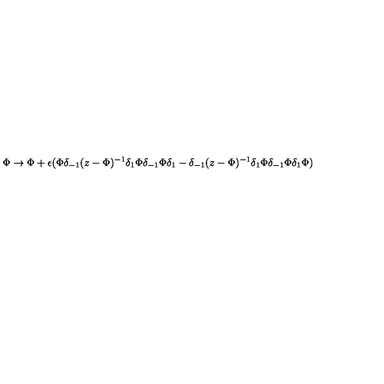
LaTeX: \Phi \rightarrow \Phi + \epsilon ( \Phi \delta _ { - 1 } ( z - \Phi ) ^ { - 1 } \delta _ { 1 } \Phi \delta _ { - 1 } \Phi \delta _ { 1 } - \delta _ { - 1 } ( z - \Phi ) ^ { - 1 } \delta _ { 1 } \Phi \delta _ { - 1 } \Phi \delta _ { 1 } \Phi )